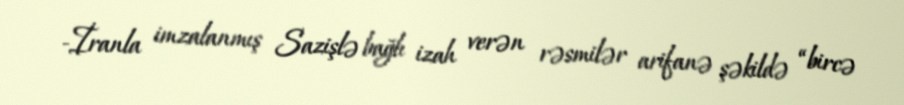
-İranla imzalanmış Sazişlə bağlı izah verən rəsmilər arifanə şəkildə “bircə